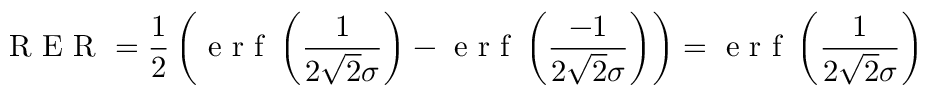
\textup { R E R } = \frac { 1 } { 2 } \left( \textup { e r f } \left( \frac { 1 } { 2 \sqrt { 2 } \sigma } \right) - \textup { e r f } \left( \frac { - 1 } { 2 \sqrt { 2 } \sigma } \right) \right) = \textup { e r f } \left( \frac { 1 } { 2 \sqrt { 2 } \sigma } \right)